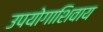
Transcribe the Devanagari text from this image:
उपयोगाशिवाय